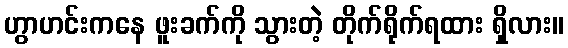
ဟွာဟင်းကနေ ဖူးခက်ကို သွားတဲ့ တိုက်ရိုက်ရထား ရှိလား။